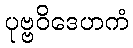
ပုဗ္ဗဝိဒေဟကံ